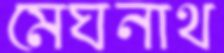
মেঘনাথ